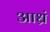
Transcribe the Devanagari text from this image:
आध्रं